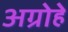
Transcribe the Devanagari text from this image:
अग्रोहे